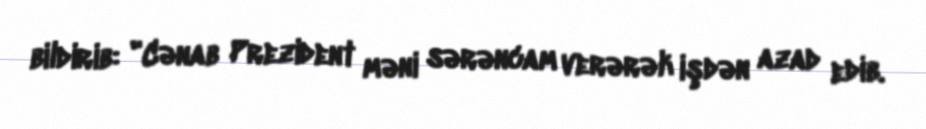
bildirib: "Cənab Prezident məni sərəncam verərək işdən azad edib.